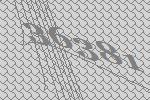
36381